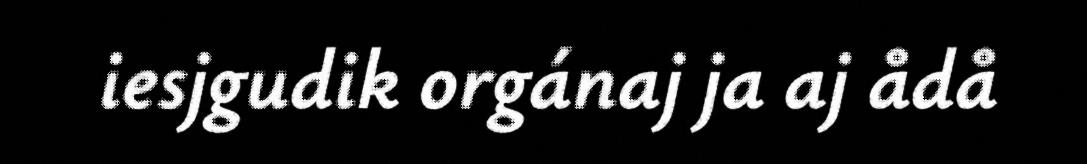
iesjgudik orgánaj ja aj ådå